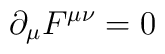
\partial_{\mu}F^{\mu \nu} = 0